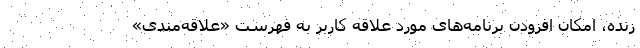
زنده، امکان افزودن برنامه‌های مورد علاقه کاربر به فهرست «علاقه‌مندی»